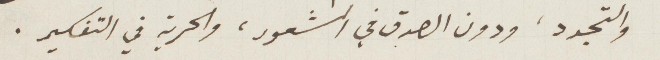
والتجرد، ودون الصدق في الشعور، والحرية في التفكير.